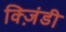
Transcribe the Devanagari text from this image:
क्ज़िंडी